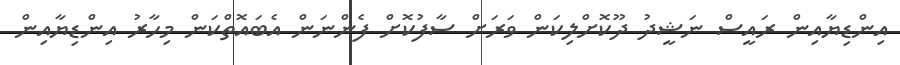
އިންޑިޔާއިން ރައީސް ނަޝީދު ދޫކޮށްލިކަން ވަރަށް ސާފުކޮށް ފެންނަން އެބައޮތްކަން މިހާރު އިންޑިޔާއިން